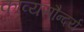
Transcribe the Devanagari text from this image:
काव्यसौन्दर्य